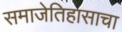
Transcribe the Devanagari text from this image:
समाजेतिहासाचा